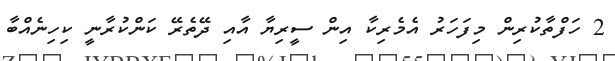
2 ހަފްތާކުރިން މިފަަހަރު އެމެެރިކާ އިން ސީރިޔާ އާއި ދޭތެރޭ ކަންކުރާނީ ކިހިނެއްބާ